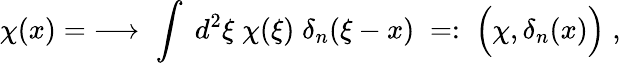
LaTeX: \chi(x)=\; \longrightarrow\; \int\; d^{2}\xi\; \chi(\xi)\; \delta_{n}(\xi-x)\; =:\; \Big(\chi,\delta_{n}(x)\Big)\; ,